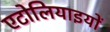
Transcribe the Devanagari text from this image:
एटोलियाइयों